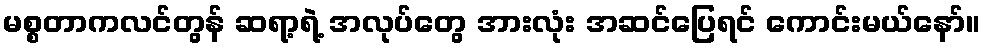
မစ္စတာကလင်တွန် ဆရာ့ရဲ့ အလုပ်တွေ အားလုံး အဆင်ပြေရင် ကောင်းမယ်နော်။